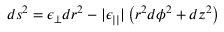
d s ^ { 2 } = \epsilon _ { \perp } d r ^ { 2 } - | \epsilon _ { | | } | \left( r ^ { 2 } d \phi ^ { 2 } + d z ^ { 2 } \right)